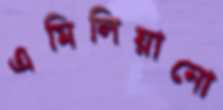
এমিলিয়ানো